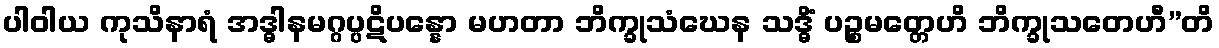
ပါဝါယ ကုသိနာရံ အဒ္ဓါနမဂ္ဂပ္ပဋိပန္နော မဟတာ ဘိက္ခုသံဃေန သဒ္ဓိံ ပဉ္စမတ္တေဟိ ဘိက္ခုသတေဟီ”တိ